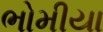
ભોમીયા